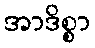
အာဒိစ္စာ